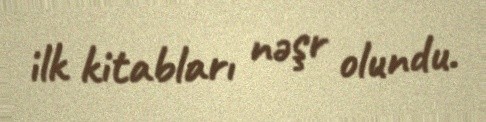
ilk kitabları nəşr olundu.